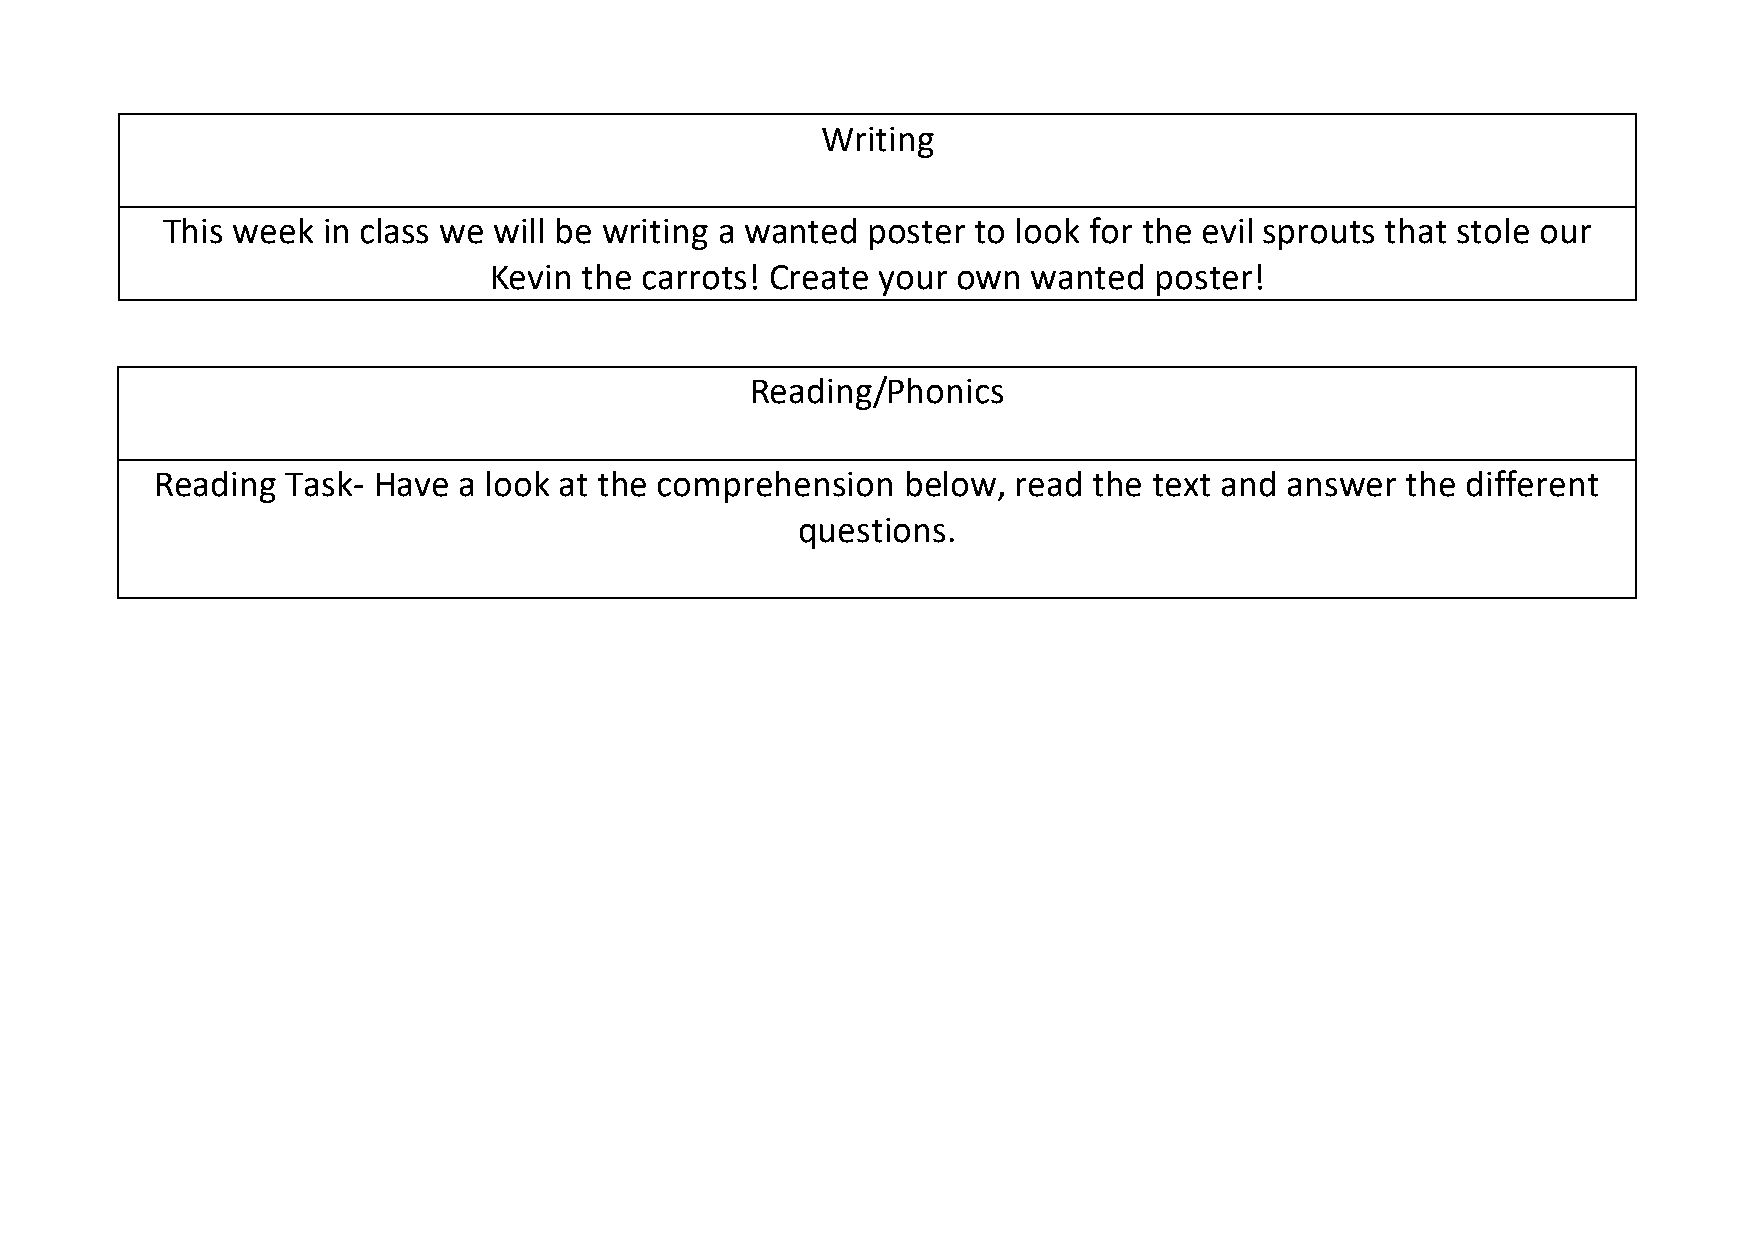
Writing
 This week in class we will be writing a wanted poster to look for the evil sprouts that stole our
 Kevin the carrots! Create your own  wanted  poster!
 Reading/Phonics
 Reading  Task- Have a look at the comprehension   below, read the text and answer  the different
 questions.